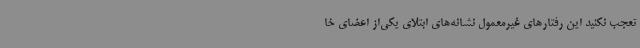
تعجب نکنید این رفتارهای غیرمعمول نشانه‌های ابتلای یکی‌از اعضای خا